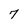
Character: 7